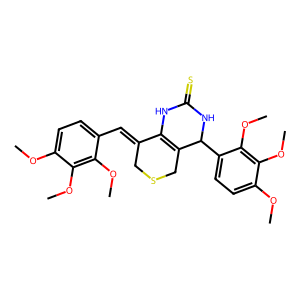
SMILES: COc1ccc(C=C2CSCC3=C2NC(=S)NC3c2ccc(OC)c(OC)c2OC)c(OC)c1OC
Inhibits HIV replication: No